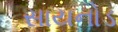
સાયનોડ